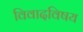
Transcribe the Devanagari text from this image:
विवादविषय